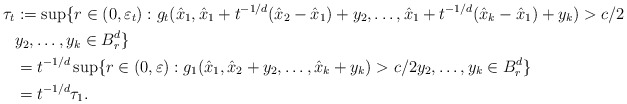
\begin{align*}\tau_t & :=\sup\{r\in(0,\varepsilon_t): g_t(\hat{x}_1,\hat{x}_1+t^{-1/d}(\hat{x}_2-\hat{x}_1)+y_2,\hdots,\hat{x}_1+t^{-1/d} (\hat{x}_k-\hat{x}_1)+y_k)>c/2\\ & y_2,\hdots,y_k\in B^d_r\}\\& =t^{-1/d}\sup\{r\in(0,\varepsilon): g_1(\hat{x}_1,\hat{x}_2+y_2,\hdots,\hat{x}_k+y_k)>c/2 y_2,\hdots,y_k\in B^d_r\}\\& =t^{-1/d} \tau_1.\end{align*}